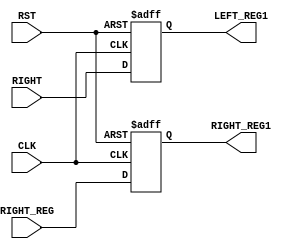
`timescale 1ns / 1ps
//////////////////////////////////////////////////////////////////////////////////
// Company: 
// Engineer: 
// 
// Design Name: 
// Module Name:    Reg32 
// Project Name: 
// Target Devices: 
// Tool versions: 
// Description: 
//
// Dependencies: 
//
// Revision: 
// Revision 0.01 - File Created
// Additional Comments: 
//
//////////////////////////////////////////////////////////////////////////////////
module Reg32(CLK, RST, RIGHT, RIGHT_REG, LEFT_REG1, RIGHT_REG1);
input CLK;
input RST;
input [32 : 1]RIGHT;
input [32 : 1]RIGHT_REG;
output [32 : 1] LEFT_REG1;
output [32 : 1] RIGHT_REG1;
wire CLK;
wire RST;
reg [32 : 1] LEFT_REG1;
reg [32 : 1] RIGHT_REG1;
always @ (posedge CLK or posedge RST)
begin
if(RST)
begin
LEFT_REG1 <= 32'h00000000;
RIGHT_REG1 <= 32'h00000000;
end
else
begin
LEFT_REG1 <= RIGHT;
RIGHT_REG1 <= RIGHT_REG;
end
end
endmodule